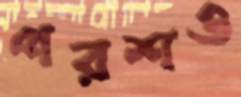
পরশও